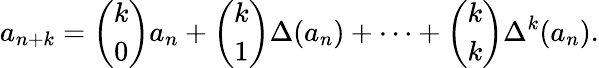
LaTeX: a_{n+k}={\binom{k}{0}}a_{n}+{\binom{k}{1}}\Delta(a_{n})+\cdots+{\binom{k}{k}}\Delta^{k}(a_{n}).